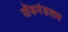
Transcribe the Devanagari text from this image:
तोंडमंडलम